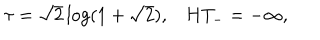
\tau = \sqrt { 2 } \log ( 1 + \sqrt { 2 } ) , H T _ { - } = - \infty ,